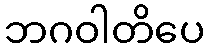
ဘဂဝါတိပေ